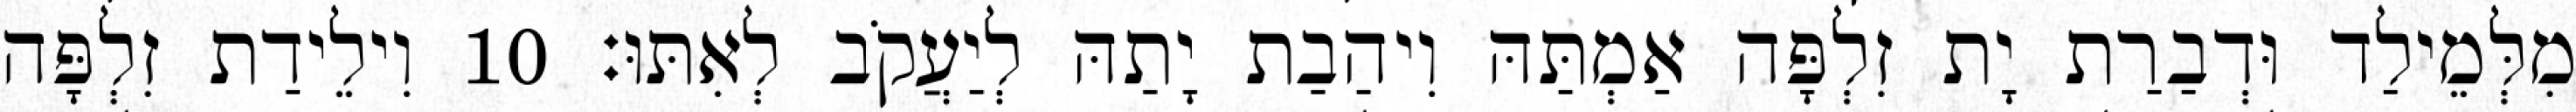
מִלְּמֵילַד וּדְבַרַת יָת זִלְפָּה אַמְתַּהּ וִיהַבַת יָתַהּ לְיַעֲקֹב לְאִתּוּ׃ 10 וִילֵידַת זִלְפָּה